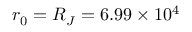
r _ { 0 } = R _ { J } = 6 . 9 9 \times 1 0 ^ { 4 }